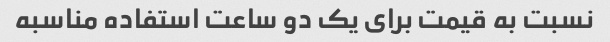
نسبت به قیمت برای یک دو ساعت استفاده مناسبه